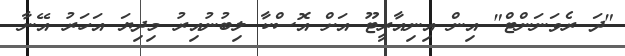
"ދަ ރެވަނަންޓް" އިން އިނިއާރީޓޫ އަށް އޮސްކާ ލިބުނުއިރު މިދިޔަ އަހަރު އޭނާ